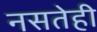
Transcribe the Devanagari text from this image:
नसतेही